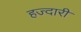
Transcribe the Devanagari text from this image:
हज्दारी